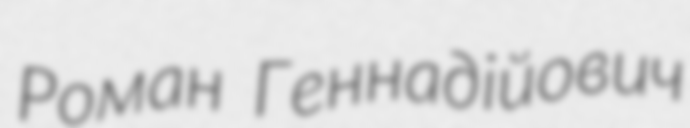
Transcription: Роман Геннадiйoвич